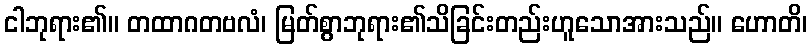
ငါဘုရား၏။ တထာဂတဗလံ၊ မြတ်စွာဘုရား၏သိခြင်းတည်းဟူသောအားသည်။ ဟောတိ၊